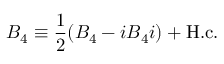
{ \cal B } _ { 4 } \equiv \frac { 1 } { 2 } ( B _ { 4 } - i B _ { 4 } i ) + \mathrm { H . c . }